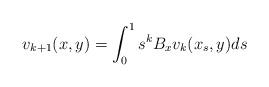
LaTeX: \begin{align*} v_{k + 1}(x, y) = \int_0^1 s^k B_x v_k (x_s, y) ds \end{align*}